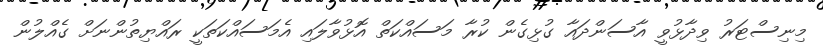
މިނިސްޓަރު ވިދާޅުވީ އާސަންދައާ ގުޅިގެން ކުރާ މަސައްކަތް އޮޅުވާލައި އެމަސައްކަތަކީ ރައްޔިތުންނަށް ގެއްލުން